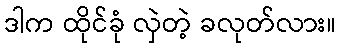
ဒါက ထိုင်ခုံ လှဲတဲ့ ခလုတ်လား။